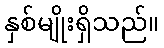
နှစ်မျိုးရှိသည်။